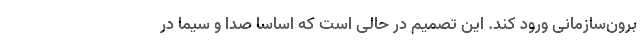
برون‌سازمانی ورود کند. این تصمیم در حالی است که اساسا صدا و سیما در